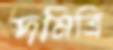
দমিত্রি